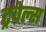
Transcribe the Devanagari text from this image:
ट्रवेल्स